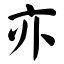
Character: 亦